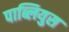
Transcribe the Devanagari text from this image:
पाब्लियुस